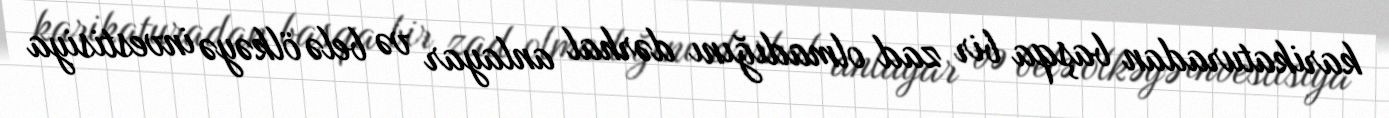
karikaturadan başqa bir zad olmadığını dərhal anlayar və belə ölkəyə investisiya